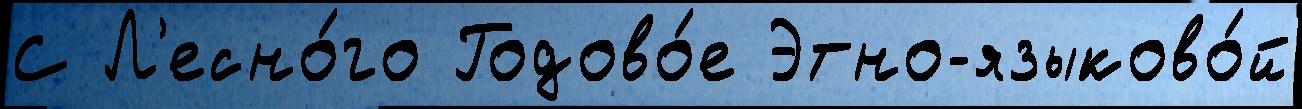
С Л'есно́го Годово́е Этно-языково́й